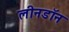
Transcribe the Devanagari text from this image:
लीनडॉन